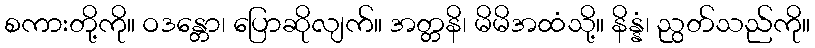
စကားတို့ကို။ ဝဒန္တော၊ ပြောဆိုလျက်။ အတ္တနိ၊ မိမိအထံသို့။ နိန္နံ၊ ညွတ်သည်ကို။